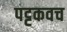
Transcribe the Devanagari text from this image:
पट्टकवच